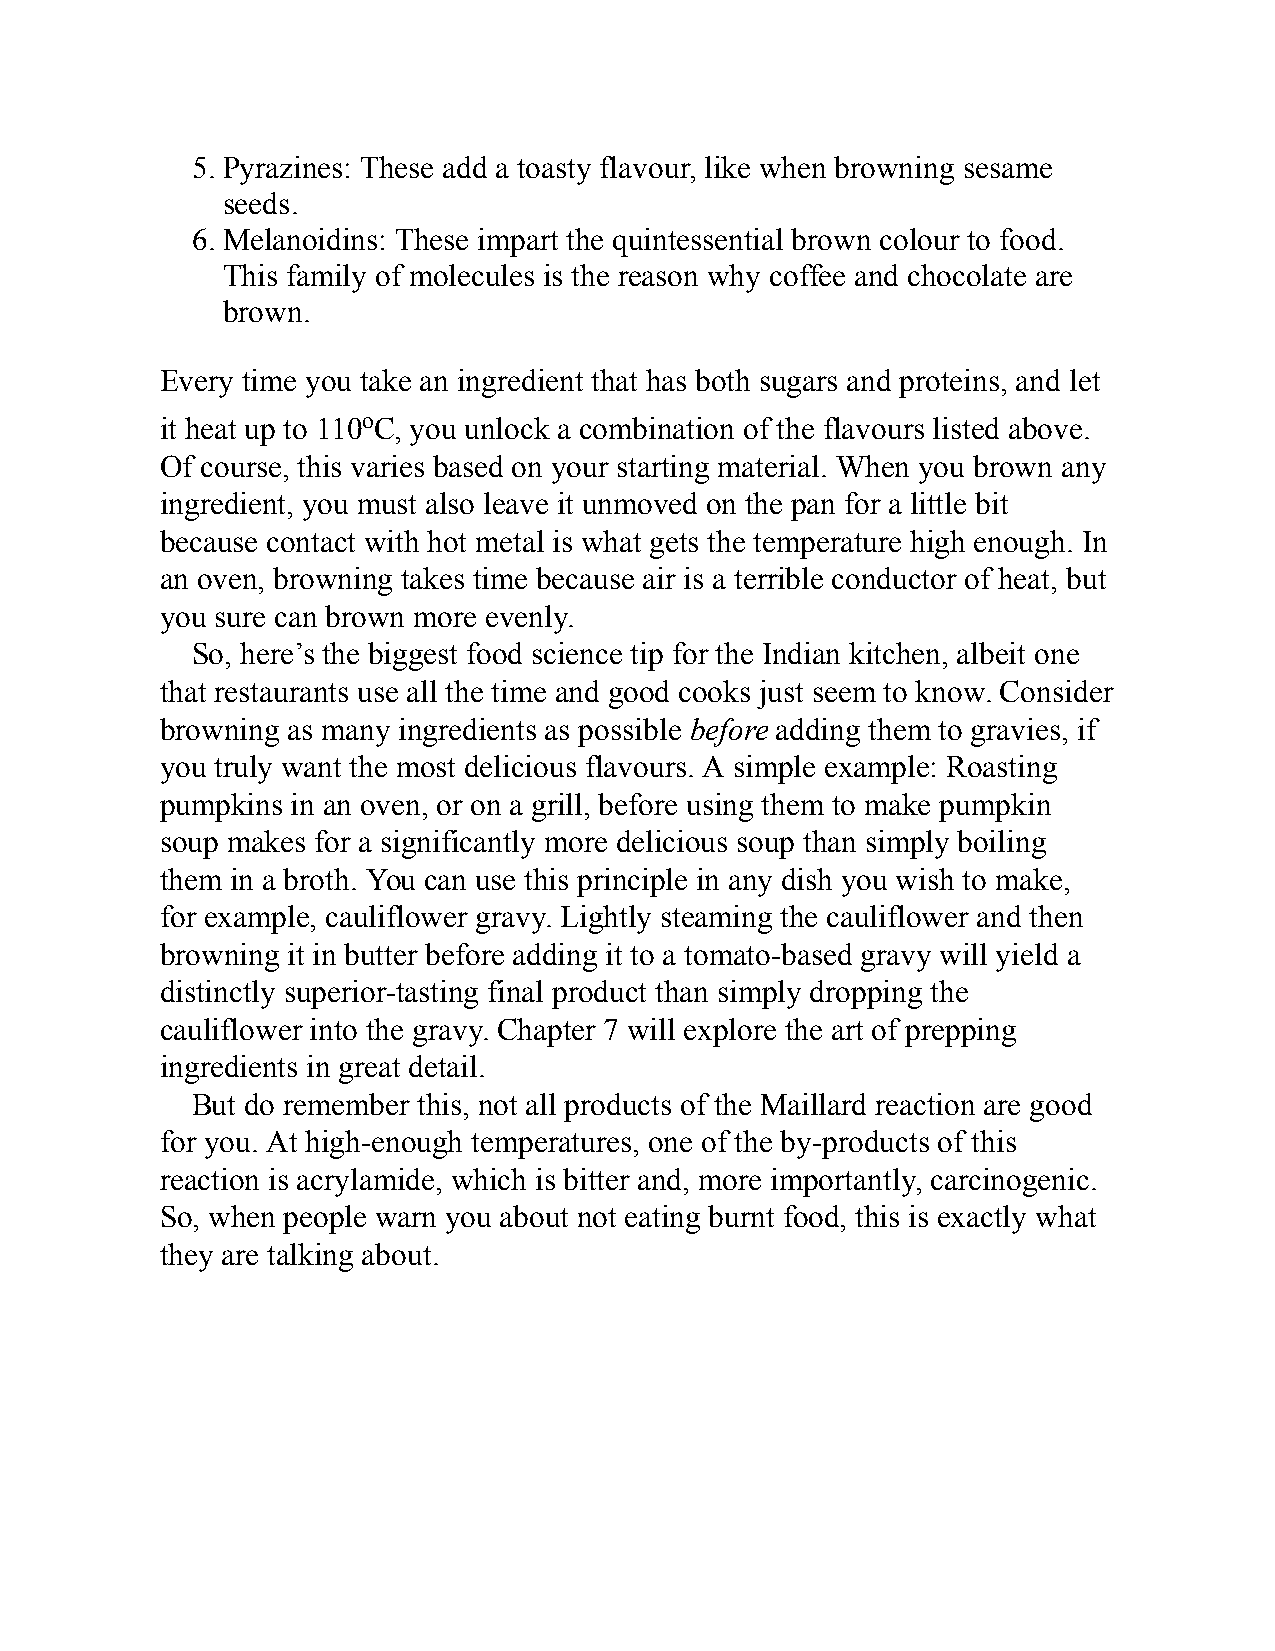
5. Pyrazines: These add a toasty flavour, like when browning sesame
 seeds.
 6. Melanoidins: These impart the quintessential brown colour to food.
 This family of molecules is the reason why coffee and chocolate are
 brown.
 Every time you take an ingredient that has both sugars and proteins, and let
 it heat up to 110oC, you unlock a combination of the flavours listed above.
 Of course, this varies based on your starting material. When you brown any
 ingredient, you must also leave it unmoved on the pan for a little bit
 because contact with hot metal is what gets the temperature high enough. In
 an oven, browning takes time because air is a terrible conductor of heat, but
 you sure can brown more evenly.
 So, here’s the biggest food science tip for the Indian kitchen, albeit one
 that restaurants use all the time and good cooks just seem to know. Consider
 browning as many ingredients as possible before adding them to gravies, if
 you truly want the most delicious flavours. A simple example: Roasting
 pumpkins in an oven, or on a grill, before using them to make pumpkin
 soup makes for a significantly more delicious soup than simply boiling
 them in a broth. You can use this principle in any dish you wish to make,
 for example, cauliflower gravy. Lightly steaming the cauliflower and then
 browning it in butter before adding it to a tomato-based gravy will yield a
 distinctly superior-tasting final product than simply dropping the
 cauliflower into the gravy. Chapter 7 will explore the art of prepping
 ingredients in great detail.
 But do remember this, not all products of the Maillard reaction are good
 for you. At high-enough temperatures, one of the by-products of this
 reaction is acrylamide, which is bitter and, more importantly, carcinogenic.
 So, when people warn you about not eating burnt food, this is exactly what
 they are talking about.